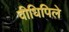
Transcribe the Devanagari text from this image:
वीधिपिले